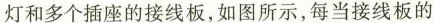
灯和多个插座的接线板，如图所示，每当接线板的